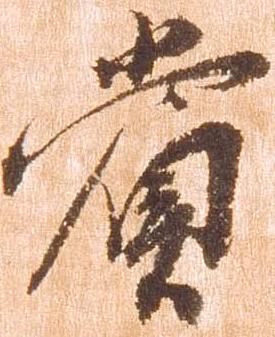
賞